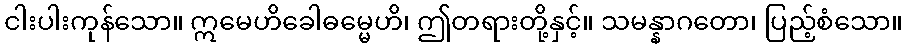
ငါးပါးကုန်သော။ ဣမေဟိခေါဓမ္မေဟိ၊ ဤတရားတို့နှင့်။ သမန္နာဂတော၊ ပြည့်စံသော။